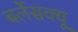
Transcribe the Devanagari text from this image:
बर्लेसक्यू